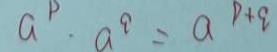
a ^ { p } \cdot a ^ { q } = a ^ { p + q }